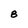
Character: 8